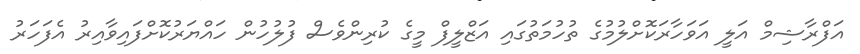
އަފްރާޝިމް އަލީ އަވަހާރަކޮށްލުމުގެ ތުހުމަތުގައި އަޒްލީފް މީގެ ކުރިންވެސް ފުލުހުން ހައްޔަރުކޮށްފައިވާއިރު އެފަހަރު